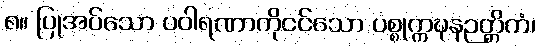
၈။ ပြုအပ်သော ပဝါရဏာကိုငင်သော ပစ္စုက္ကဍ္ဎနဉတ္တိကံ၊